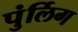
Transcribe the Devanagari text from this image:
पुंर्लिग